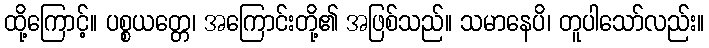
ထို့ကြောင့်။ ပစ္စယတ္တေ၊ အကြောင်းတို့၏ အဖြစ်သည်။ သမာနေပိ၊ တူပါသော်လည်း။